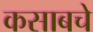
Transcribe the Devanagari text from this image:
कसाबचे